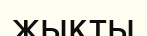
жықты